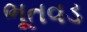
ભૂતવડ